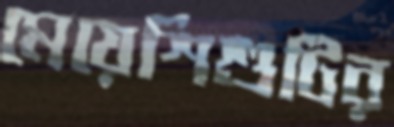
মেয়েশিশুটির